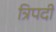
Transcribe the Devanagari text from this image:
त्रिपदीं